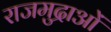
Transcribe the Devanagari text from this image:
राजमुद्राओं